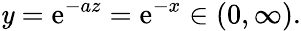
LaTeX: \mathit{y}=\mathrm{{e}}^{-az}=\mathrm{{e}}^{-x}\in(0,\infty).